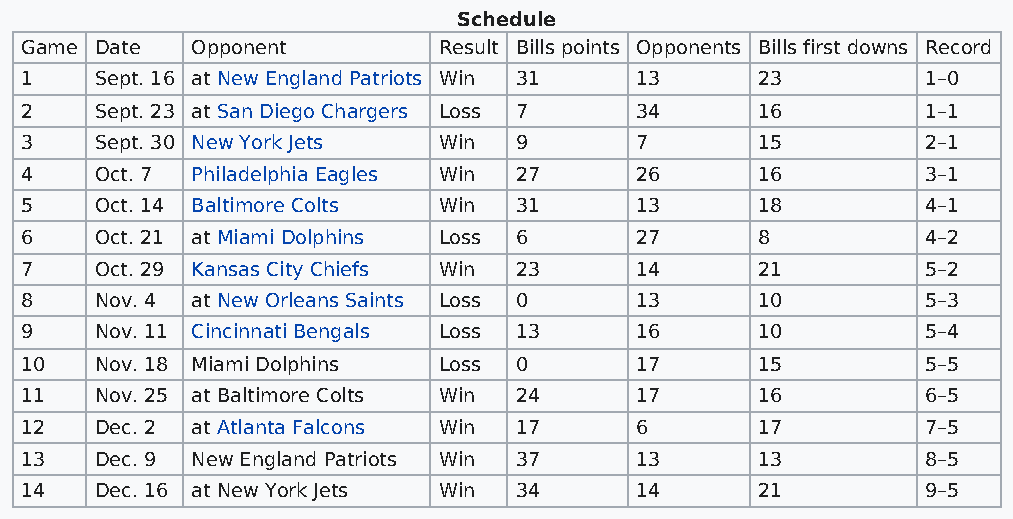
Schedule
 Game Date   Opponent        Result Bills points Opponents Bills first downs Record
 1    Sept. 16 at New England Patriots Win 31 13  23         1–0
 2    Sept. 23 at San Diego Chargers Loss 7 34    16         1–1
 3    Sept. 30 New York Jets Win  9       7       15         2–1
 4    Oct. 7 Philadelphia Eagles Win 27   26      16         3–1
 5    Oct. 14 Baltimore Colts Win 31      13      18         4–1
 6    Oct. 21 at Miami Dolphins Loss 6    27      8          4–2
 7    Oct. 29 Kansas City Chiefs Win 23   14      21         5–2
 8    Nov. 4 at New Orleans Saints Loss 0 13      10         5–3
 9    Nov. 11 Cincinnati Bengals Loss 13  16      10         5–4
 10   Nov. 18 Miami Dolphins Loss 0       17      15         5–5
 11   Nov. 25 at Baltimore Colts Win 24   17      16         6–5
 12   Dec. 2 at Atlanta Falcons Win 17    6       17         7–5
 13   Dec. 9 New England Patriots Win 37  13      13         8–5
 14   Dec. 16 at New York Jets Win 34     14      21         9–5